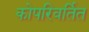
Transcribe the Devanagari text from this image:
कोपरिवर्तित